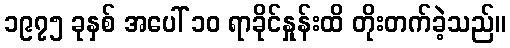
၁၉၇၅ ခုနှစ် အပေါ် ၁၀ ရာခိုင်နှုန်းထိ တိုးတက်ခဲ့သည်။